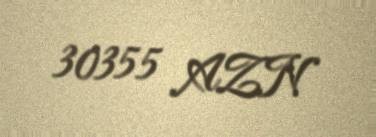
30355 AZN